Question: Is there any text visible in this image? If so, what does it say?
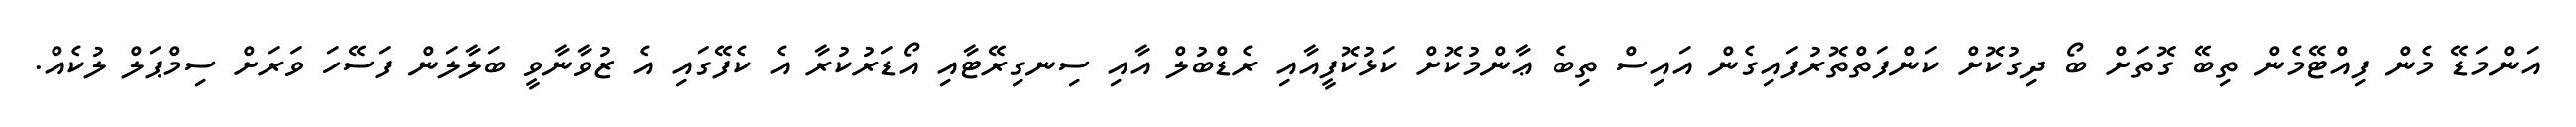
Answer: އަންމަޑޭ މެން ފިއްޓޭމެން ތިބޭ ގޮތަށް ބޯ ދިގުކޮށް ކަންފަތްތޮރުފައިގެން އައިސް ތިބެ ޢާންމުކޮށް ކަޅުކޮފީއާއި ރެޑްބުލް އާއި ސިނގިރޭޓާއި އޯޑަރުކުރާ އެ ކެފޭގައި އެ ޒުވާނާވީ ބަލާލަން ފަސޭހަ ވަރަށް ސިމްޕަލް ލުކެއް.